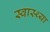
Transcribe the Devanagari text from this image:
स्‍वास्‍थ्‍या